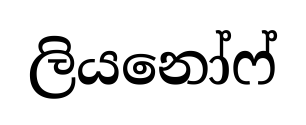
ලියනෝෆ්